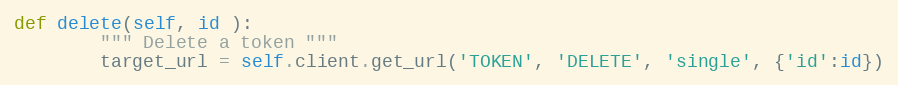
Language: Python
def delete(self, id ):
        """ Delete a token """
        target_url = self.client.get_url('TOKEN', 'DELETE', 'single', {'id':id})